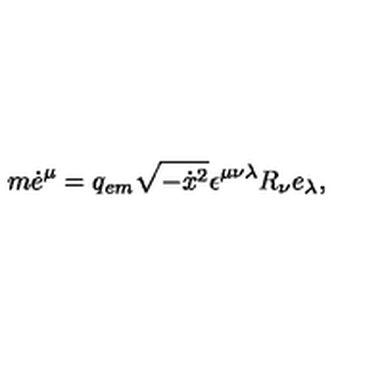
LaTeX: m \dot { e } ^ { \mu } = q _ { e m } \sqrt { - \dot { x } { } ^ { 2 } } \epsilon ^ { \mu \nu \lambda } R _ { \nu } e _ { \lambda } ,